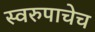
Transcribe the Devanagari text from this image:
स्वरुपाचेच